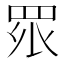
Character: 𭾪